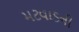
મટવાડની